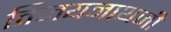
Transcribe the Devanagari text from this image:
विजयनाथजी